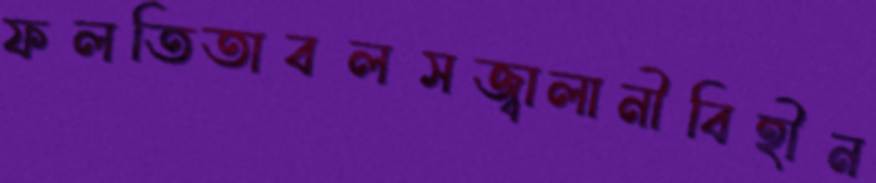
ফলতিতাবলসজ্বালানীবিহীন